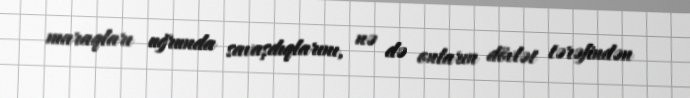
maraqları uğrunda savaşdıqlarını, nə də onların dövlət tərəfindən